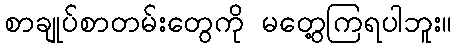
စာချုပ်စာတမ်းတွေကို မတွေ့ကြရပါဘူး။